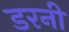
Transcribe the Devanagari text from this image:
डरनी